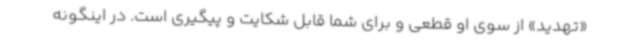
«تهدید» از سوی او قطعی و برای شما قابل شکایت و پیگیری است. در اینگونه